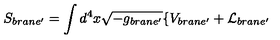
S _ { b r a n e ^ { \prime } } = \int d ^ { 4 } x \sqrt { - g _ { b r a n e ^ { \prime } } } \{ V _ { b r a n e ^ { \prime } } + { \cal L } _ { b r a n e ^ { \prime } }